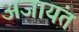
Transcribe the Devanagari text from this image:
अजायंत